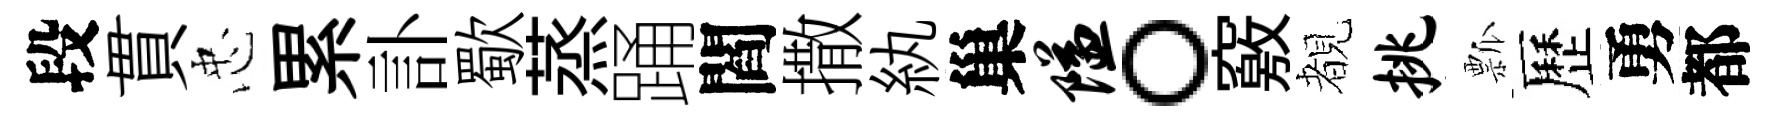
段貫忠累訃歜蒸踊閻撒紈巢隘。竅覩挑瓢歷勇都